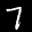
Label: 7